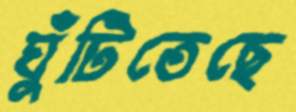
ঘুঁটিতেছে